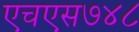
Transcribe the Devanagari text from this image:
एचएस७४८